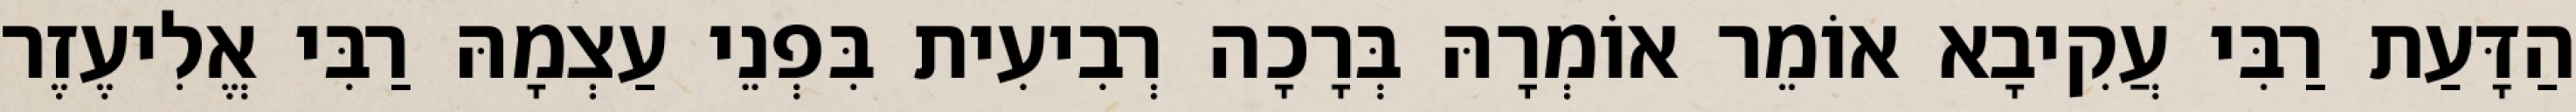
הַדָּעַת רַבִּי עֲקִיבָא אוֹמֵר אוֹמְרָהּ בְּרָכָה רְבִיעִית בִּפְנֵי עַצְמָהּ רַבִּי אֱלִיעֶזֶר